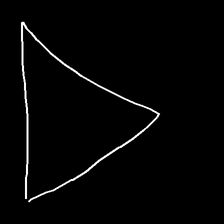
Glyph: convergence